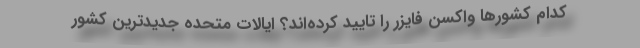
کدام کشورها واکسن فایزر را تایید کرده‌اند؟ ایالات متحده جدیدترین کشور